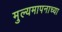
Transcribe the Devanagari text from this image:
मुल्यमापनाच्या